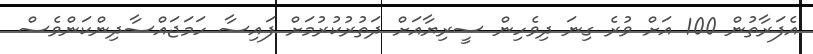
އެފަރާތުން 100 އަށް ވުރެ ގިނަ ދިވެހިން ސީރިޔާއަށް ދަތުރުކުރުމަށް ފައިސާ ހަމަޖައްސާދިންކަންވެސް